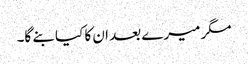
مگر میرے بعد ان کا کیا بنے گا۔